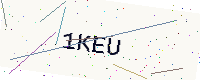
Text: 1KEU